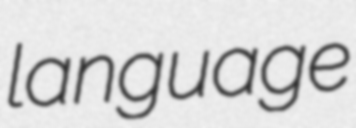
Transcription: language